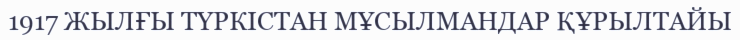
1917 ЖЫЛҒЫ ТҮРКІСТАН МҰСЫЛМАНДАР ҚҰРЫЛТАЙЫ